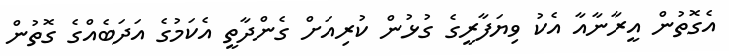
އެގޮތުން އީރާނާއާ އެކު ވިޔަފާރީގެ ގުޅުން ކުރިއަށް ގެންދާތީ އެކަމުގެ އަދަބެއްގެ ގޮތުން